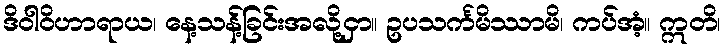
ဒိဝါဝိဟာရာယ၊ နေ့သန့်ခြင်းအလို့ငှာ။ ဥပသင်္ကမိဿာမိ၊ ကပ်အံ့။ ဣတိ၊